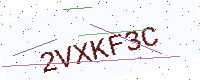
Text: 2VXKF3C